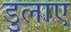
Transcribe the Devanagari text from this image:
डुलाए